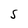
Character: s